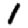
Digit: 1